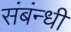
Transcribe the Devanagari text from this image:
संबंन्धी